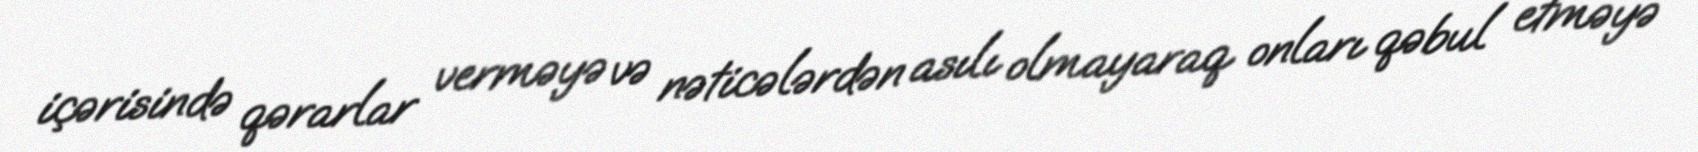
içərisində qərarlar verməyə və nəticələrdən asılı olmayaraq onları qəbul etməyə